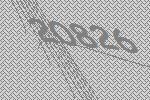
20826